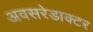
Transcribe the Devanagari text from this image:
अवसरेडाक्टर